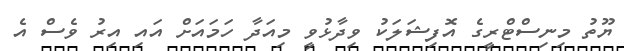
ޔޫތު މިނިސްޓްރީގެ އޮފިޝަލަކު ވިދާޅުވީ މިއަދާ ހަމައަށް އައި އިރު ވެސް އެ